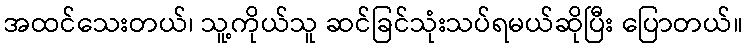
အထင်သေးတယ်၊ သူ့ကိုယ်သူ ဆင်ခြင်သုံးသပ်ရမယ်ဆိုပြီး ပြောတယ်။